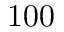
1 0 0